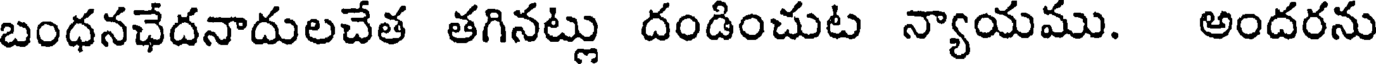
బంధనఛేదనాదులచేత తగినట్లు దండించుట న్యాయము. అందరను